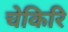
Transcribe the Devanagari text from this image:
चेकिरि